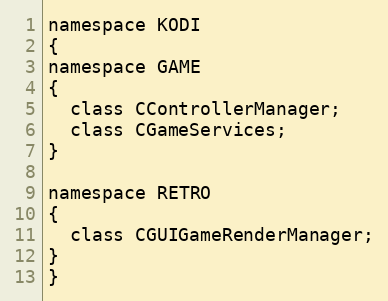
Language: C
namespace KODI
{
namespace GAME
{
  class CControllerManager;
  class CGameServices;
}

namespace RETRO
{
  class CGUIGameRenderManager;
}
}